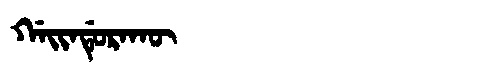
Manchu: ᡤᠠᡳᠨᡩᡠᡵᠠᡴᡡ
Romanization: GAINDURAKŪ